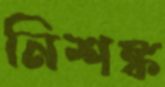
নিশঙ্ক